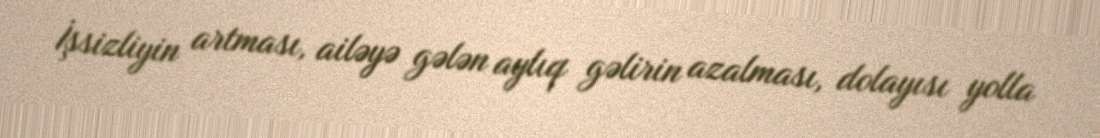
İşsizliyin artması, ailəyə gələn aylıq gəlirin azalması, dolayısı yolla